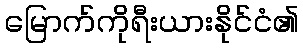
မြောက်ကိုရီးယားနိုင်ငံ၏